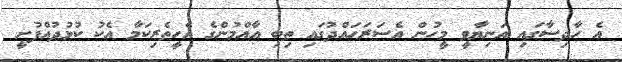
އެ ހާދިސާގައި އަނިޔާވީ މީހުން އެސަރަހައްދުގައި ތިބި އާއްމުންގެ އެހީތެރިކަމާ އެކު ކުޅުދުއްފުށީ